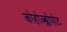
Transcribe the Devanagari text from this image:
कोहोब्ब्लोपोट